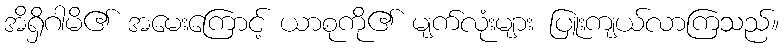
အိရှိဂါမိ၏ အမေးကြောင့် ယာစုကို၏ မျက်လုံးများ ပြူးကျယ်လာကြသည်။